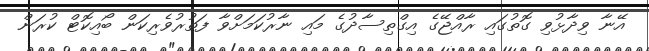
އޭނާ ވިދާޅުވި ގޮތުގައި ރާއްޖޭގެ އިގްތިސާދުގެ މައި ނާރުކަމަށްވާ ފަތުރުވެރިކަން ބޯއިކޮޓް ކުރަން